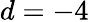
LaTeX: d=-4